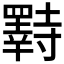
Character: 𫅌